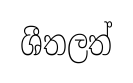
ශීතලත්